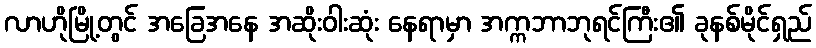
လာဟိုမြို့တွင် အခြေအနေ အဆိုးဝါးဆုံး နေရာမှာ အက္ကဘာဘုရင်ကြီး၏ ခုနစ်မိုင်ရှည်